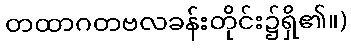
တထာဂတဗလခန်းတိုင်း၌ရှိ၏။)